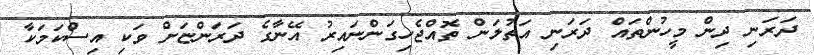
ދަރަނި ދިން މީހުންތައް ދަރަނި އަތުލަން ތޮއްޖެހިގަންނައިރު އޭނާގެ ދަރަންޏަށް ވަކި އިސްކަމަކާ